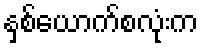
နှစ်ယောက်စလုံးက